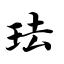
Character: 珐